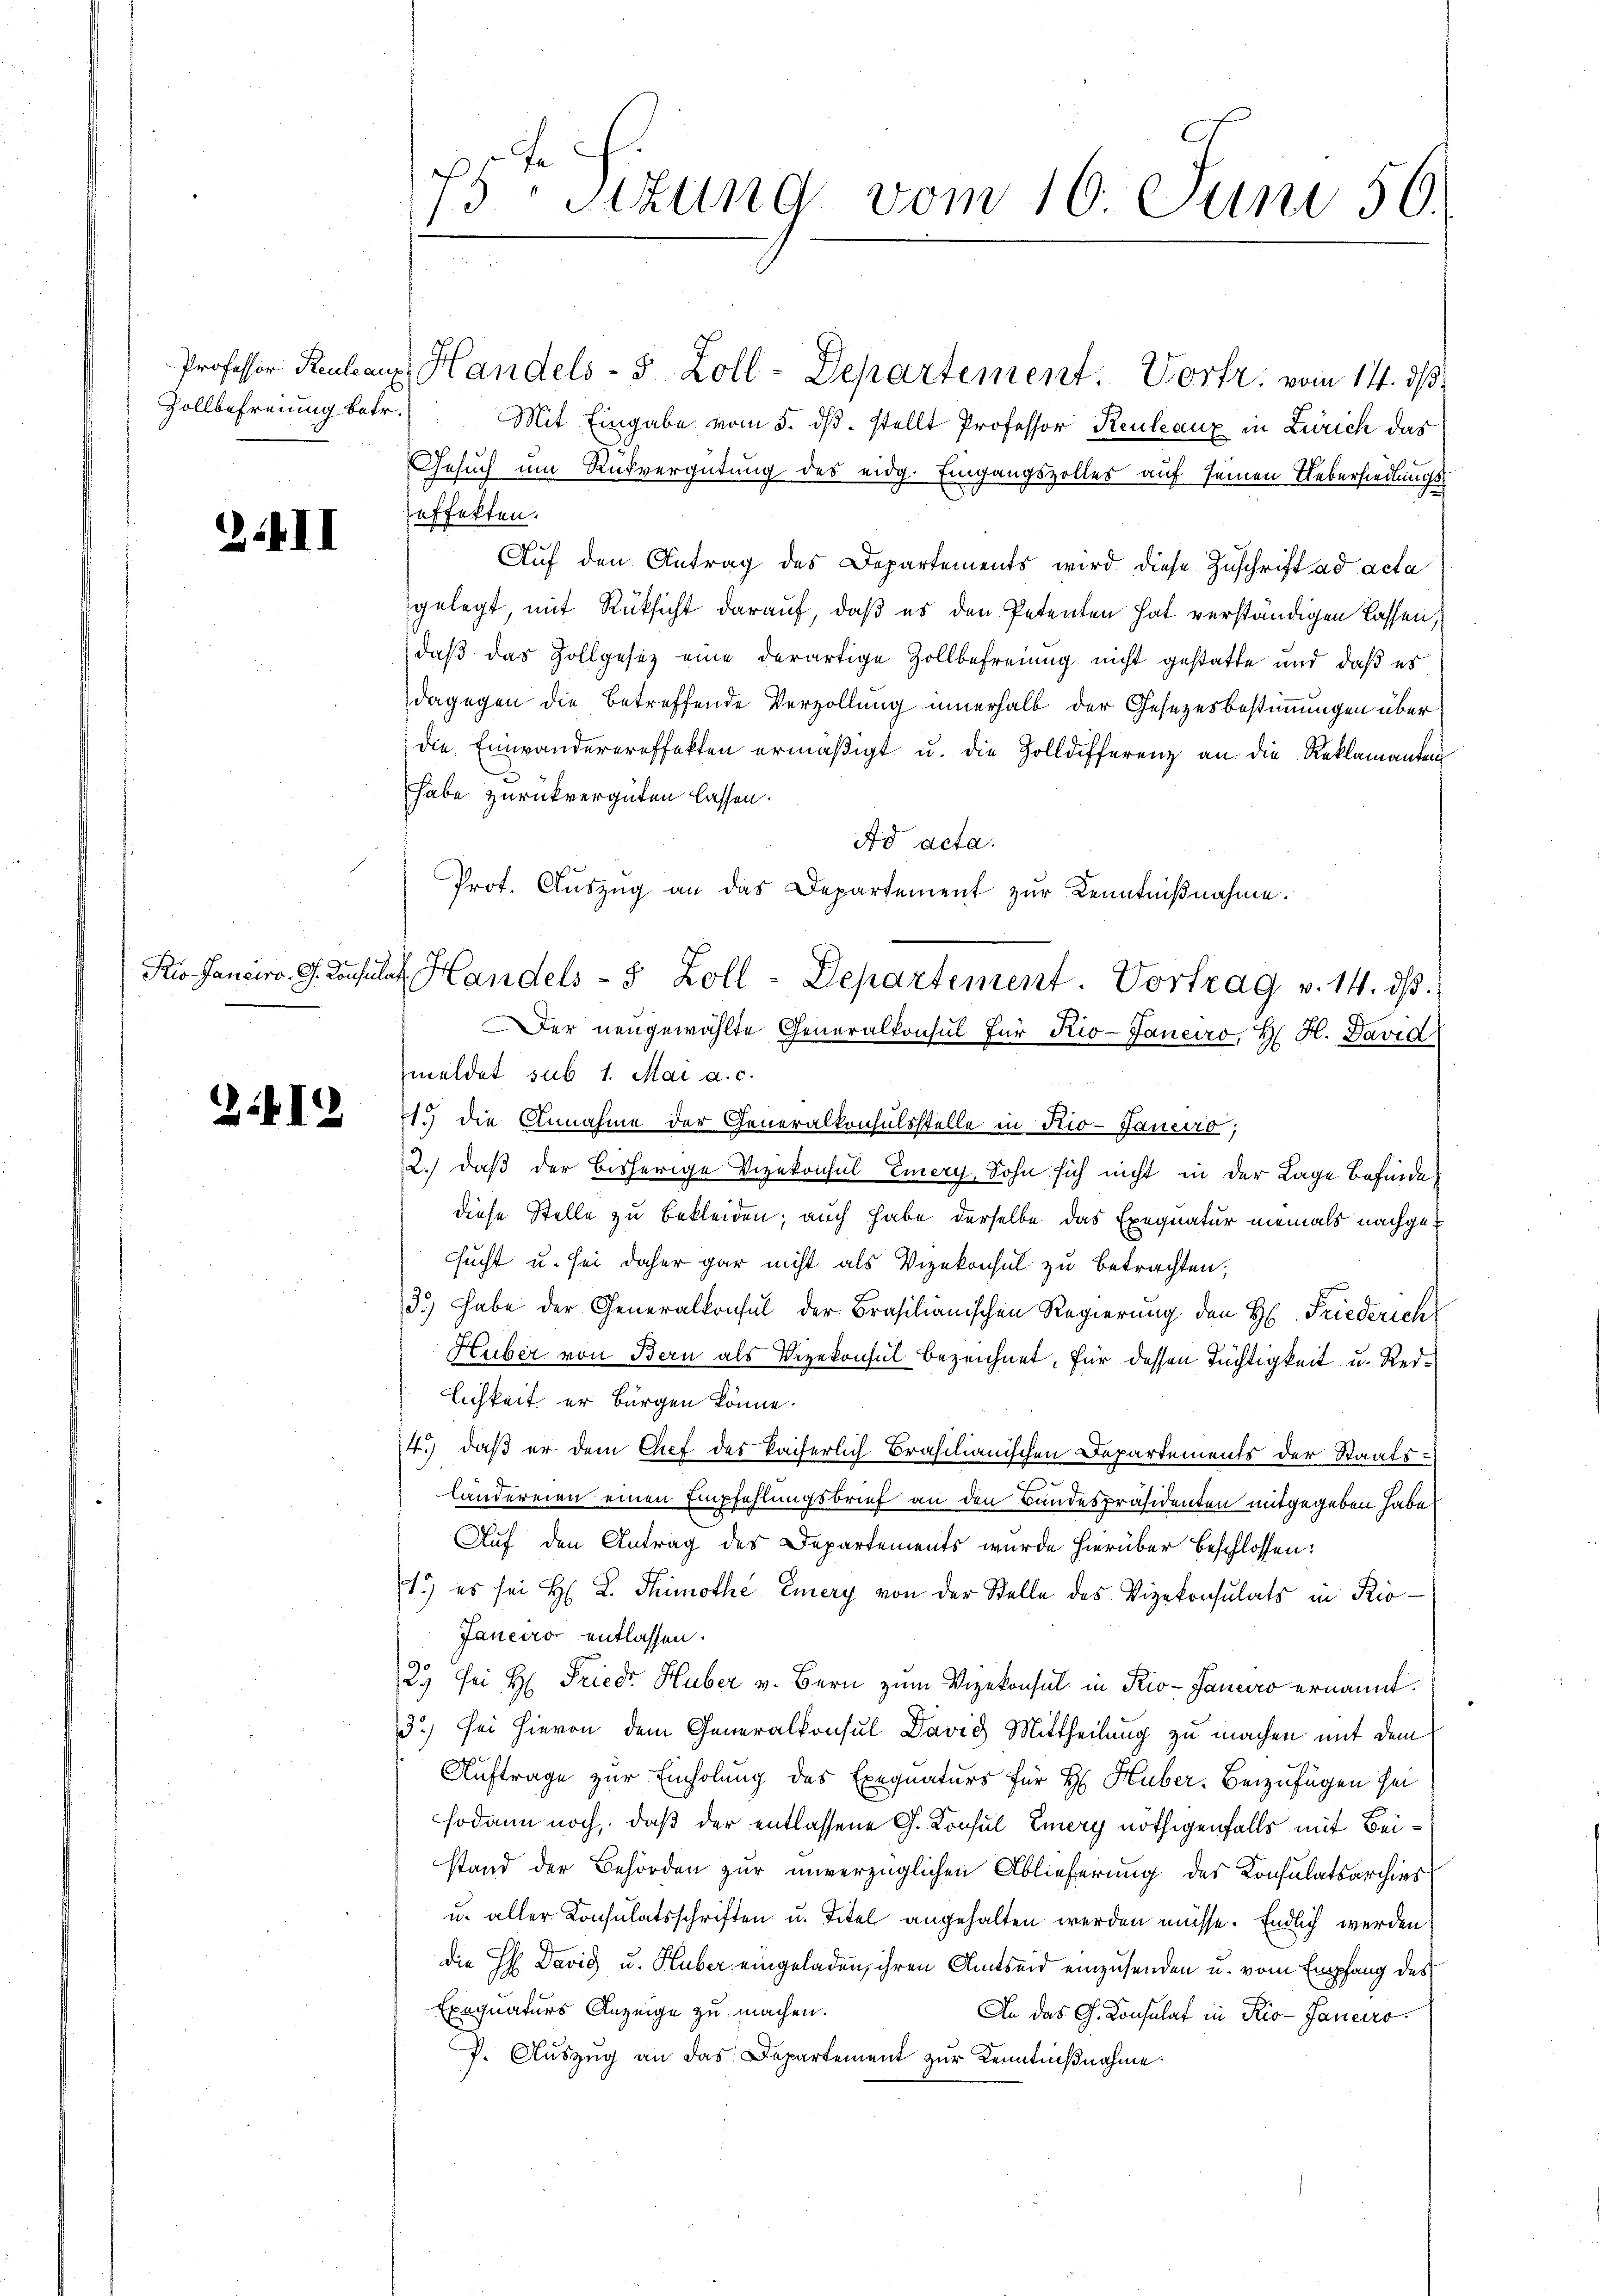
Zollbefreiung betr.

2.II

2I

Professor Reukauf Handels- 5 Zoll-Departement. Vortr. vom 14. ds
Mit Eingabe vom 5. ds. stellt Professor Keuleaux in Zürich das
Gesuch um Rückvergütung des eidg. Eingangszolles auf seinen Uebersiedlungseffekten.
Auf den Antrag des Departements wird diese Zuschrift ad acta
gelegt, mit Rüksicht darauf, daß es den Petenten hat verständigen lassen,
daß das Zollgesetz eine derartige Zollbefreiung nicht gestatte und daß es
dagegen die betreffende Verzöllung innerhalb der Gesetzesbestimmungen überdie Einwanderereffekten ermäßigt u. die Zolldifferenz an die Reklamanten
habe zurückvergüten lassen.
Ad acta.
Prot. Auszug an das Departement zur Kenntnißnahme.
Der neugewählte Generalkonsul für Kio-Janeiro, H. H. David
meldet sub 1. Mai a. c.
1. die Annahme der Generalkonsulsstelle in Rio-Janeiro,
2.) daß der bisherige Vizekonsul Emery, Sohn sich nicht in der Lage befinde
diese Stelle zu bekleiden; auch habe derselbe das Exequatur niemals nachgesucht u. sei daher gar nicht als Vizekonsul zu betrachten;
3.) habe der Generalkonsul der Brasilianischen Regierung den H. Friederich
Huber von Bern als Vizekonsul bezeichnet, für dessen Tüchtigkeit u. Redlichkeit er bürgen könne.
14.) daß er dem Chef des kaiserlich Brasilianischen Departements der Staats-
m
ländereien einen Empfehlungsbrief an den Bandespräsidenten mitgegeben habe.
Auf den Antrag des Departements wurde hierüber beschlossen:
1.) es sei H. L. Thimothe Emery von der Stelle des Vizekonsulats in Rio¬
Janeiro entlassen.
23 sei H. Friedr Huber v. Bern zum Vizekonsul in Rio-Janeiro ernannt.
3) Sei hievon dem Generalkonsul David Mittheilung zu machen mit dem
Auftrage zur Einholung des Exequaturs für H. Huber. Beizufügen sei
sodann noch, daß der entlassene G. Konsul Emery nöthigenfalls mit Beistand der Behörden zur unverzüglichen Ablieferung des Konsulatsarchivs
u. aller Konsulatsschriften u. Titel angehalten werden müsse. Endlich werden
die HH David u. Huber eingeladen, ihren Amtseid einzusenden u. vom Empfang des
Exequaturs Anzeige zu machen.
An das G. Konsulat in Rio-Janeiro
f. Auszug an das Departement zur Kenntnißnahme

7sten Sizung vom 16. Juni 50.

Krio Sanciro G. Consulat Handels- 5 Zoll-Departement. Vortrag v. 14. ds.